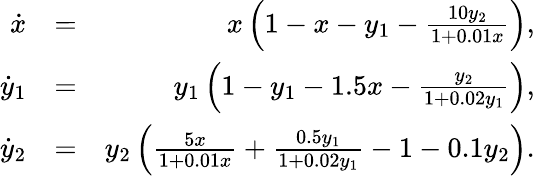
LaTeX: \begin{array}{rlr}{\dot{x}}&{=}&{x\left(1-x-y_{1}-\frac{10y_{2}}{1+0.01x}\right),}\\ {\dot{y}_{1}}&{=}&{y_{1}\left(1-y_{1}-1.5x-\frac{y_{2}}{1+0.02y_{1}}\right),}\\ {\dot{y}_{2}}&{=}&{y_{2}\left(\frac{5x}{1+0.01x}+\frac{0.5y_{1}}{1+0.02y_{1}}-1-0.1y_{2}\right).}\end{array}